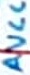
Text: AVCC